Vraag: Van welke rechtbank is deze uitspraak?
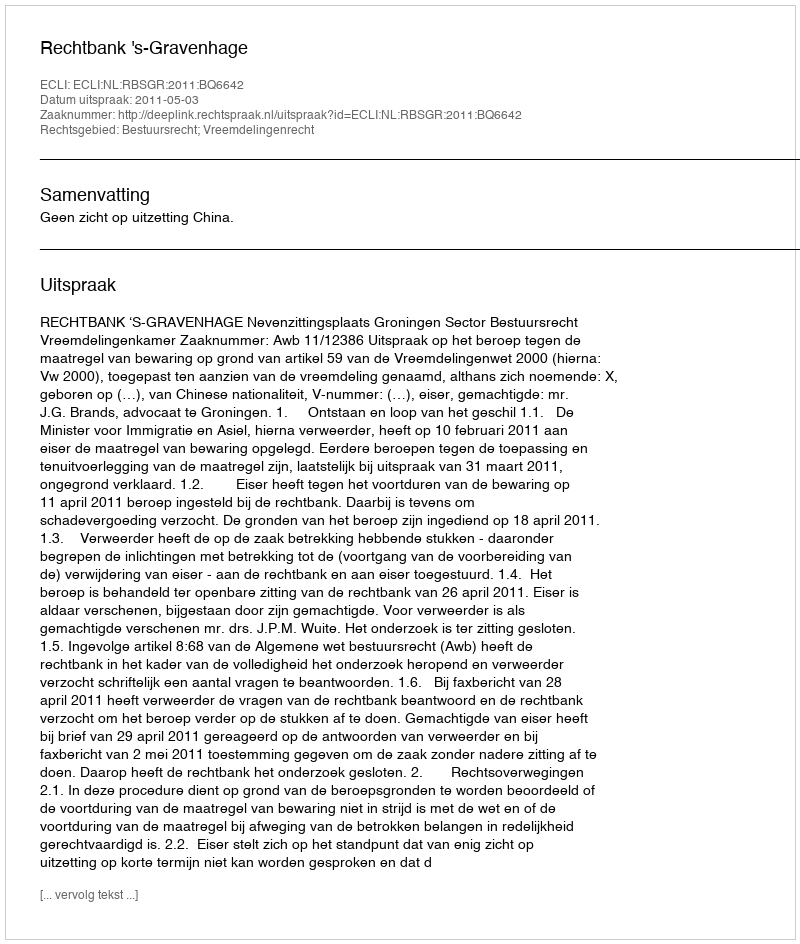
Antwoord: Rechtbank 's-Gravenhage